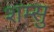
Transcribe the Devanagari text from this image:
शम्सु